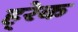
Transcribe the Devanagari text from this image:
ह्‍रेक